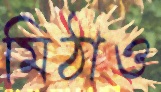
মিঠাও